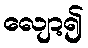
လျော့၍